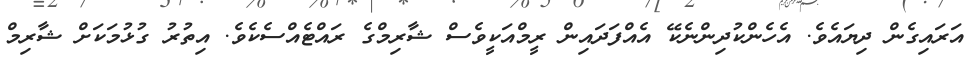
އަރައިގެން ދިޔައެވެ. އެހެންކުދިންނެކޭ އެއްފަދައިން ރީމްއަކީވެސް ޝާރިމްގެ ރައްޓެއްސެކެވެ. އިތުރު ގުޅުމަކަށް ޝާރިމް